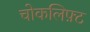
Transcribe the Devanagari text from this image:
चोकलिफ़्ट